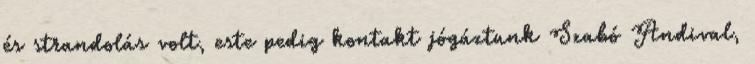
és strandolás volt, este pedig kontakt jógáztunk Szabó Andival,